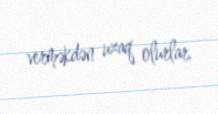
verməkdən uzaq olurlar.